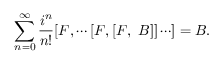
\sum _ { n = 0 } ^ { \infty } \frac { i ^ { n } } { n ! } [ F , \cdots [ F , [ F , ~ B ] ] \cdots ] = B .